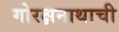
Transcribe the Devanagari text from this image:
गोरक्षनाथाची